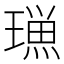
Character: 𭹿